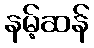
နမ့်ဆန်